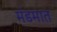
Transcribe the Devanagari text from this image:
मंडमात